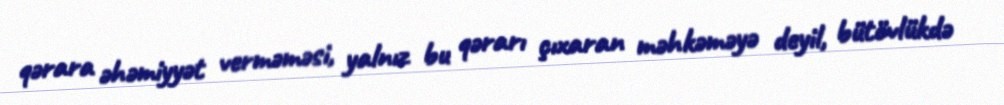
qərara əhəmiyyət verməməsi, yalnız bu qərarı çıxaran məhkəməyə deyil, bütövlükdə